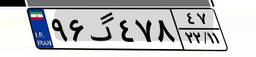
۹۶گ۴۷۸۴۷